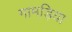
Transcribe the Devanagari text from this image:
गामड़िया